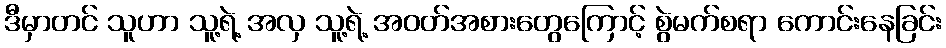
ဒီမှာတင် သူဟာ သူ့ရဲ့ အလှ သူ့ရဲ့ အဝတ်အစားတွေကြောင့် စွဲမက်စရာ ကောင်းနေခြင်း